Civil Veterinary Dept. Bombay admin report 1923-31 - 1923-1931
Year: 1923
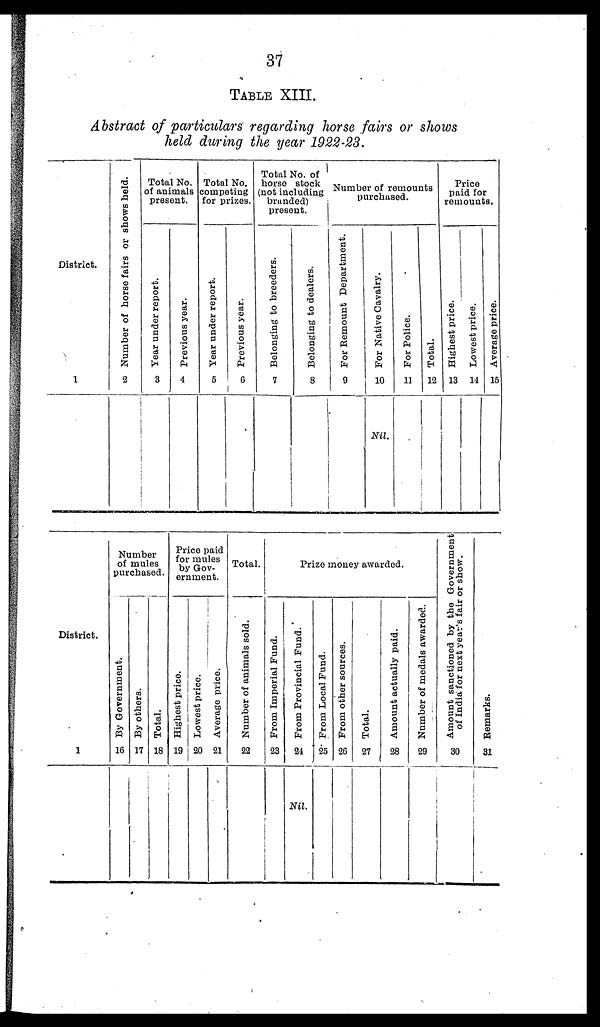
37
TABLE XIII.
Abstract of particulars regarding horse fairs or shows
held during the year 1922-23.
District.
1
Number of horse fairs or shows held.
2
Total No.
of animals
present.
Tear under report.
3
Previous year.
4
Total No.
competing
for prizes.
Year under report.
5
Previous year.
6
Total No. of
horse stock
(not including
branded)
present.
Belonging to breeders.
7
Belonging to dealers.
8
Number of remounts
purchased.
For Remount Department.
9
For Native Cavalry.
10
Nil.
For Police.
11
Total.
12
Price
paid for
remounts.
Highest price.
13
Lowest price.
14
Average price.
15
District.
1
Number
of mules
purchased.
By Government.
16
By others.
17
Total.
18
Price paid
for mules
by Gov-
ernment.
Highest price.
19
Lowest price.
20
Average price.
21
Total.
Number of animals sold.
22
Prize money awarded.
From Imperial Fund.
23
From Provincial Fund.
24
Nil.
From Local Fund.
25
From other sources.
26
Total.
27
Amount actually paid.
28
Number of medals awarded.
29
Amount sanctioned by the Government
of India for next year's fair or show.
30
Remarks.
31